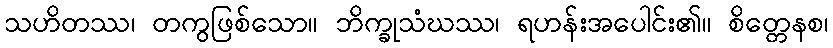
သဟိတဿ၊ တကွဖြစ်သော။ ဘိက္ခုသံဃဿ၊ ရဟန်းအပေါင်း၏။ စိတ္တေနစ၊